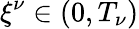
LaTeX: {\xi^{\nu}}\in(0,T_{\nu})